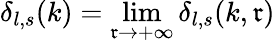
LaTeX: \delta_{l,s}(k)=\operatorname*{lim}_{\mathfrak{r}\rightarrow+\infty}\delta_{l,s}(k,\mathfrak{r})